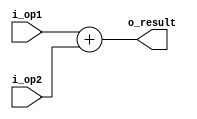
module adder(i_op1, i_op2, o_result);
parameter DATA_WIDTH = 32;

input [DATA_WIDTH-1:0] i_op1, i_op2;
output reg [DATA_WIDTH-1:0] o_result;

assign o_result = i_op1 + i_op2;
  
endmodule